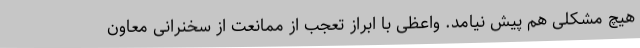
هیچ مشکلی هم پیش نیامد. واعظی با ابراز تعجب از ممانعت از سخنرانی معاون